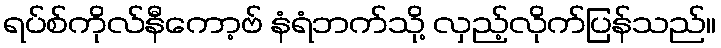
ရပ်စ်ကိုလ်နီကော့ဗ် နံရံဘက်သို့ လှည့်လိုက်ပြန်သည်။